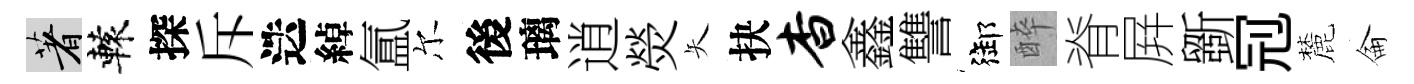
著轅探斥迭綽氲尔後璃逍熒矢抉杳鑫讐御醉脊屛斵𠜍麓侖